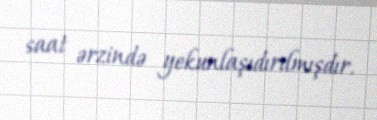
saat ərzində yekunlaşıdırılmışdır.